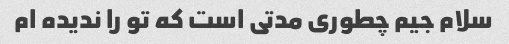
سلام جیم چطوری مدتی است که تو را ندیده ام